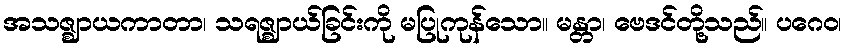
အသဇ္ဈာယကာတာ၊ သရဇ္ဈာယ်ခြင်းကို မပြုကုန်သော။ မန္တာ၊ ဗေဒင်တို့သည်။ ပဂေဝ၊